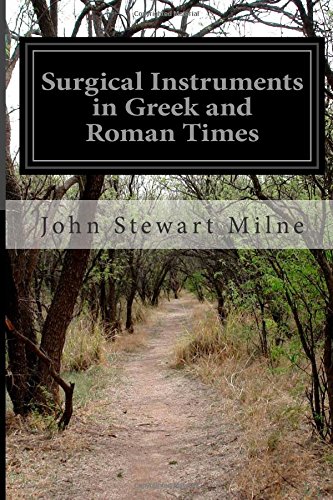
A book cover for Surgical Instruments in Greek and Roman Times; John Stewart Milne; Literature & Fiction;